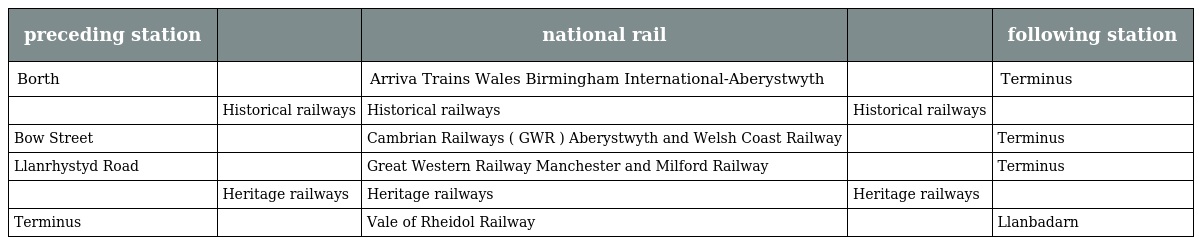
| preceding station |  | national rail |  | following station |
 | --- | --- | --- | --- | --- |
 | Borth |  | Arriva Trains Wales Birmingham International-Aberystwyth |  | Terminus |
 |  | Historical railways | Historical railways | Historical railways |  |
 | Bow Street |  | Cambrian Railways ( GWR ) Aberystwyth and Welsh Coast Railway |  | Terminus |
 | Llanrhystyd Road |  | Great Western Railway Manchester and Milford Railway |  | Terminus |
 |  | Heritage railways | Heritage railways | Heritage railways |  |
 | Terminus |  | Vale of Rheidol Railway |  | Llanbadarn |